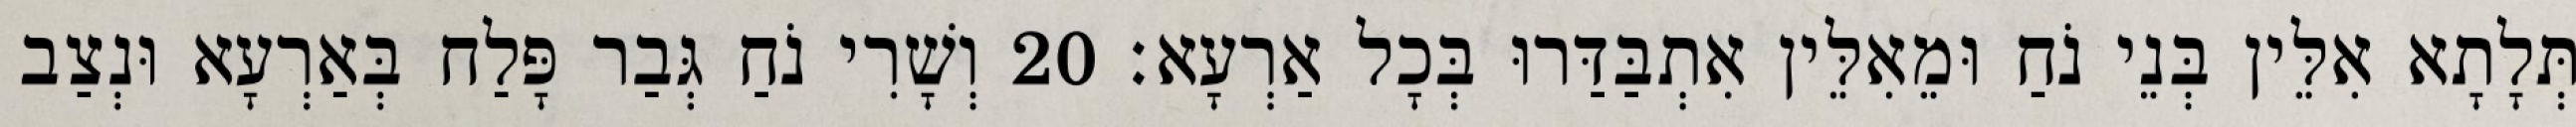
תְּלָתָא אִלֵּין בְּנֵי נֹחַ וּמֵאִלֵּין אִתְבַּדַּרוּ בְּכָל אַרְעָא׃ 20 וְשָׁרִי נֹחַ גְּבַר פָּלַח בְּאַרְעָא וּנְצַב